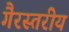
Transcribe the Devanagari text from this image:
गैरस्‍तरीय